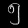
Digit: ၅